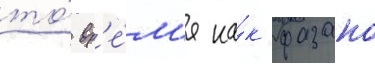
то́ вр'е́м'я ка́к фазано